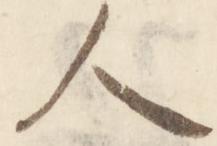
人